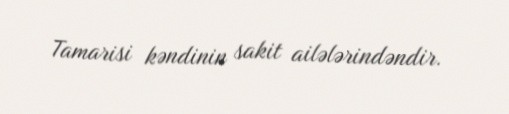
Tamarisi kəndinin sakit ailələrindəndir.